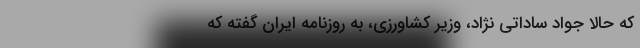
که حالا جواد ساداتی نژاد، وزیر کشاورزی، به روزنامه ایران گفته که